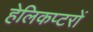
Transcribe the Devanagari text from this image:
हेलिकप्टरों